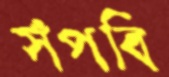
সঁপবি